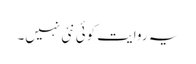
یہ روایت کوئی نئی نہیں۔